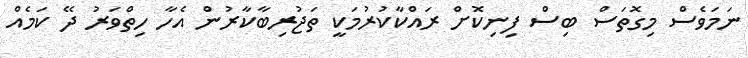
ނަމަވެސް މިގޮތަސް ބިސް ފިނިކޮށް ރައްކާކުރުމަކީ ތަޖުރިބާކާރުން އެހާ ހިތްވަރު ދޭ ކަމެއް